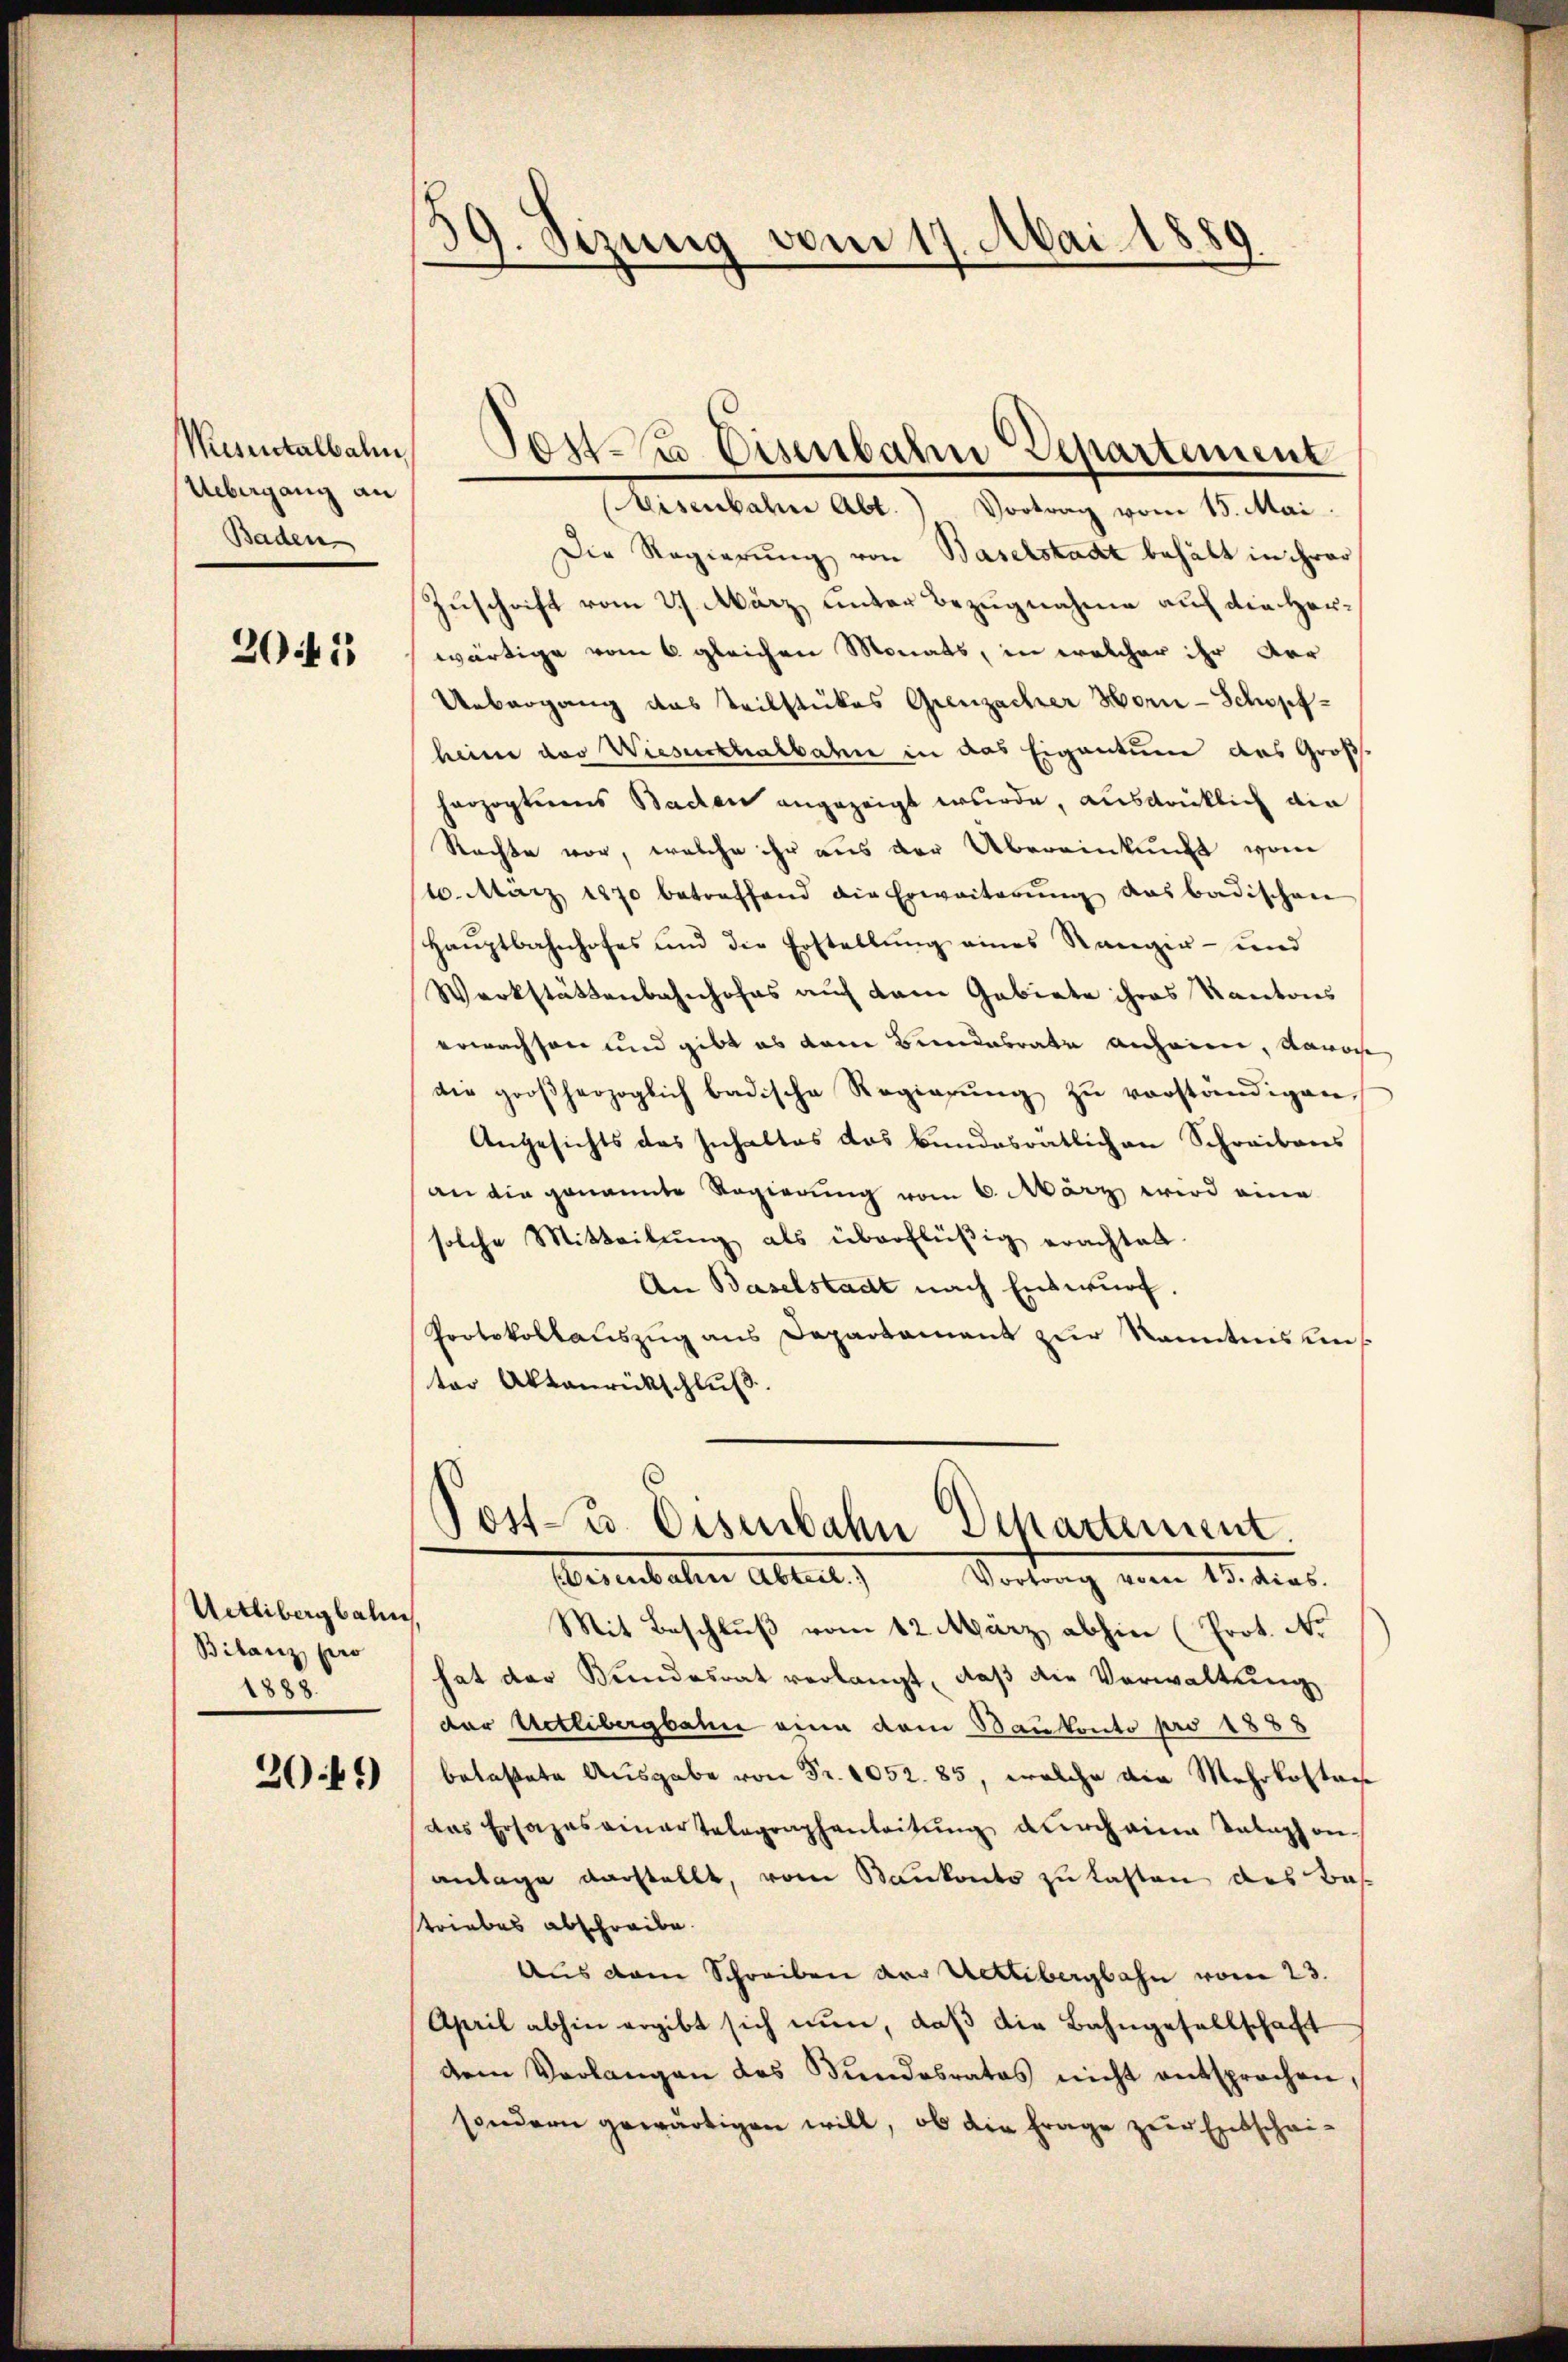
Uebergang an
Baden

2045

Uetlibergbahn
Bilanz pro
1888.

2049)

59. Sizung vom 17. Mai. 1889.

Eisenbahne Abt.) Vortrag vom 15. Mai.
Die Regierung von Baselstadt behält in ihrer
Zuschrift vom 27. März, unter Bezugnahme auf die Herwärtige vom 6. gleichen Monats, in welcher ihr der
Uebergang das Teilstückes Grenzacher Horn-Schöpfheim das Wieserthalbahn in das Eigentum das Großherzogtums Baden angezeigt wurde, ausdrücklich die
Rachte vor, welche ihr aus der Übereinkunft vom
10. März 1870 betreffend die Erweiterŭng das badischen
Hauptbahnhofes und die Erstellung eines Rangir- und
Werkstättenbahnhofes auf dem Gebiete ihres Kantons
erwachsen und gibt es dem Bundesrate anheime, sowoh
die großherzoglich badische Regierŭng zŭ verständigen.
Angesichts das Inhaltes das Bundesrätlichen Schreibens
an die genannte Regierung vom 6. März wird eine
solche Mitteilŭng als überflüßig erachtet
An Baselstadt nach Entwurf.
Protokollauszug aus Departement zur Kenntnis uns
ter Aktenrückschluß

Musentalbahn Post 3 Eisenbahn Departement

Post- u. Eisenbahn Departement.
Wesentalen Abend
Vortrag vom 13. dies

Mit Beschluß vom 12. März abhin (Prot. No
hat der Bundesrat verlangt, daβ die Verwaltung
der Uetlibergbahn eine dem Baukonto pro 1888
betastete Ausgabe von Fr. 1052. 85, welche die Mehrkosten
das Ersazasaiartelegraphenleitŭng dŭrch eine Telephon-
antage darstellt, vom Bankonto zu lasten das Bastriebes abschreibe.
Aus dem Schreiben der Uetlibergbahn vom 23.
April abhin ergibt sich nun, daß die Bahngesellschaft
dem Verlangen des Sŭndesrates nicht entsprochen,
sondern gewärtigen will, ob die Frage zur Entschei¬